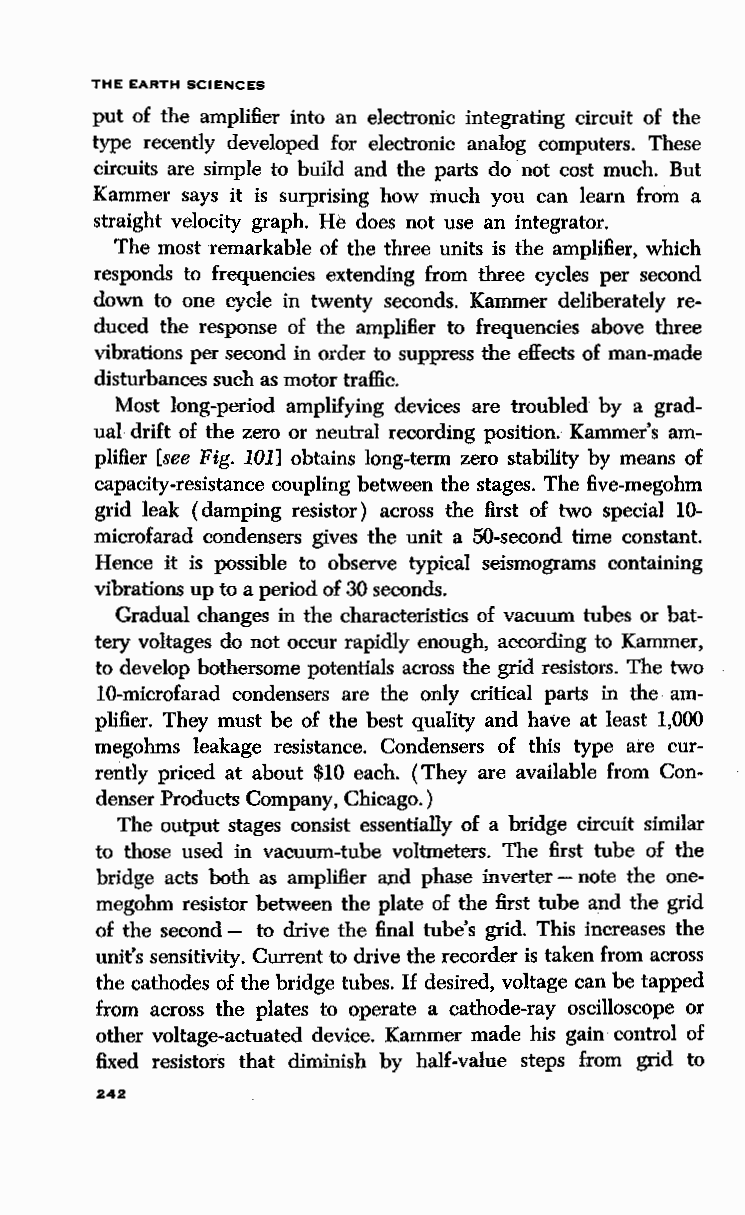
THE EARTH SCIENCES
 put of the amplifier into an electronic integrating circuit of the
 type recently developed for electronic analog computers. These
 circuits are simple to build and the parts do not cost much. But
 Kammer says it is surprising how much you can learn from a
 straight velocity graph. He does not use an integrator.
 The most remarkable of the three units is the amplifier, which
 responds to frequencies extending from three cycles per second
 down to one cycle in twenty seconds. Kammer deliberately re
 duced the response of the amplifier to frequencies above three
 vibrations per second in order to suppress the effects of man-made
 disturbances such as motor traffic.
 Most long-period amplifying devices are troubled by a grad
 ual drift of the zero or neutral recording position. Kammer's am
 plifier [see Fig. 101] obtains long-term zero stability by means of
 capacity-resistance coupling between the stages. The five-megohm
 grid leak (damping resistor) across the first of two special 10-
 microfarad condensers gives the unit a 50-second time constant.
 Hence it is possible to observe typical seismograms containing
 vibrations up to a period of 30 seconds.
 Gradual changes in the characteristics of vacuum tubes or bat
 tery voltages do not occur rapidly enough, according to Kammer,
 to develop bothersome potentials across the grid resistors. The two
 10-microfarad condensers are the only critical parts in the am
 plifier. They must be of the best quality and have at least 1,000
 megohms leakage resistance. Condensers of this type are cur
 rently priced at about $10 each. (They are available from Con
 denser Products Company, Chicago.)
 The output stages consist essentially of a bridge circuit similar
 to those used in vacuum-tube voltmeters. The first tube of the
 bridge acts both as amplifier and phase inverter - note the one
 megohm resistor between the plate of the first tube and the grid
 of the second- to drive the final tube's grid. This increases the
 unit's sensitivity. Current to drive the recorder is taken from across
 the cathodes of the bridge tubes. If desired, voltage can be tapped
 from across the plates to operate a cathode-ray oscilloscope or
 other voltage-actuated device. Kammer made his .g ain· control of
 fixed resistors that diminish by half-value steps from grid to
 242